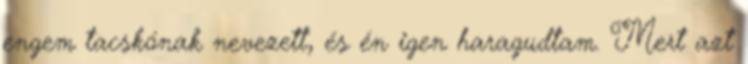
engem tacskónak nevezett, és én igen haragudtam. Mert azt